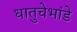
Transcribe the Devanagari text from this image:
धातुचेभांडे